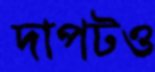
দাপটও